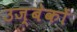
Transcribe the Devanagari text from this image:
उज्बेकों